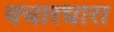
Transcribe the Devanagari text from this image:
वचारधारा